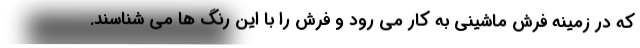
که در زمینه فرش ماشینی به کار می رود و فرش را با این رنگ ها می شناسند.